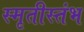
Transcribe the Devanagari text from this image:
स्मृतीस्तंभ